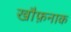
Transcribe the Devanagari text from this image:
खौफ़नाक